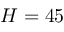
H = 4 5